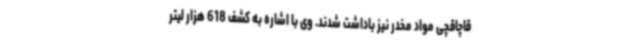
قاچاقچی مواد مخدر نیز باداشت شدند. وی با اشاره به کشف 618 هزار لیتر